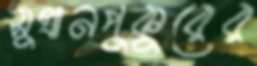
সুখানপুকুরের